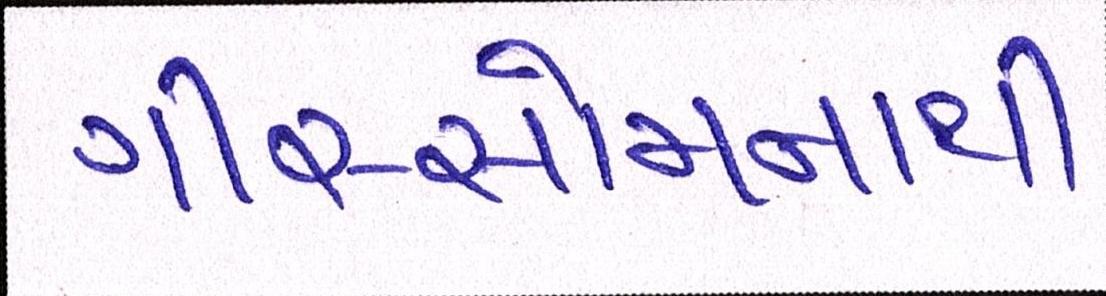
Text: ગીર-સોમનાથ